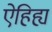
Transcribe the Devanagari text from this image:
ऐहिह्य